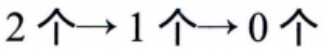
$2个\rightarrow1个\rightarrow0个$